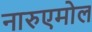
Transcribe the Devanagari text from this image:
नारुएमोल